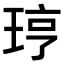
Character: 𪻥